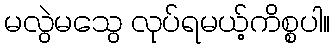
မလွဲမသွေ လုပ်ရမယ့်ကိစ္စပါ။